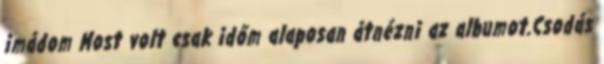
imádom Most volt csak időm alaposan átnézni az albumot.Csodás